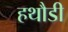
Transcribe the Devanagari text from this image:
हथौडी